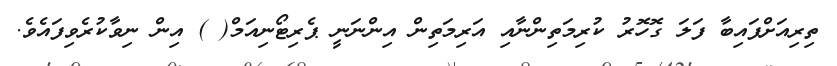
ތިރިއަށްފައިބާ ފަލަ ގޮހޮރު ކުރިމަތިންނާއި އަރިމަތިން އިންނަނީ ޕެރިޓޯނިއަމް( ) އިން ނިވާކުރެވިފައެވެ.